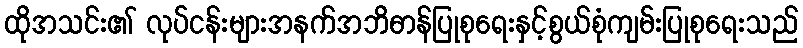
ထိုအသင်း၏ လုပ်ငန်းများအနက်အဘိဓာန်ပြုစုရေးနှင့်စွယ်စုံကျမ်းပြုစုရေးသည်